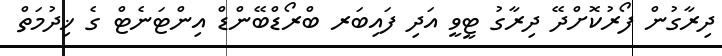
ދިރާގުން ފޯރުކޮށްދޭ ދިރާގު ޓީވީ އަދި ފައިބަރ ބްރޯޑްބޭންޑް އިންޓަނެޓް ގެ ޚިދުމަތް